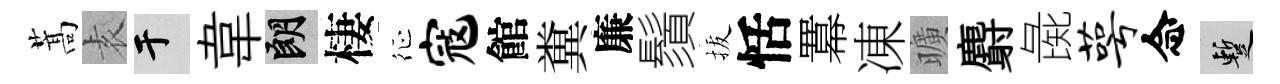
蒿𡊮于韋朗棲征寇館糞廉鬚拔恬羃凍曠麝彘萼念暫